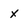
Character: x